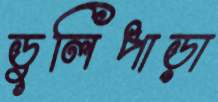
ডুলিপাড়া